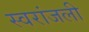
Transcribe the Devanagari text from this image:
स्वरांजली